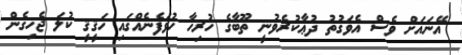
އޭނައަށް ވެސް އެވަގުތު ދުޢާކުރެވުނީ ތޫބާގެ ހުރިހާ ހުވަފެނެއްގައި ހަޤީޤީ ކުލަ ޖެހިގެން